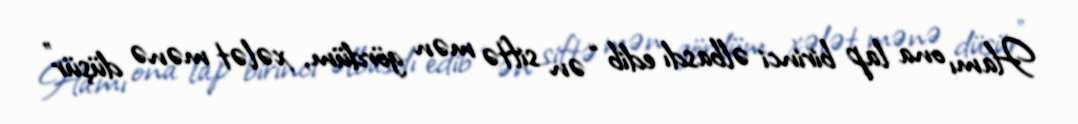
Hamı ona lap birinci əlbasdı edib “ən siftə mən gördüm, xələt mənə düşür”